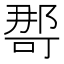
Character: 𭉒